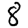
Digit: 8